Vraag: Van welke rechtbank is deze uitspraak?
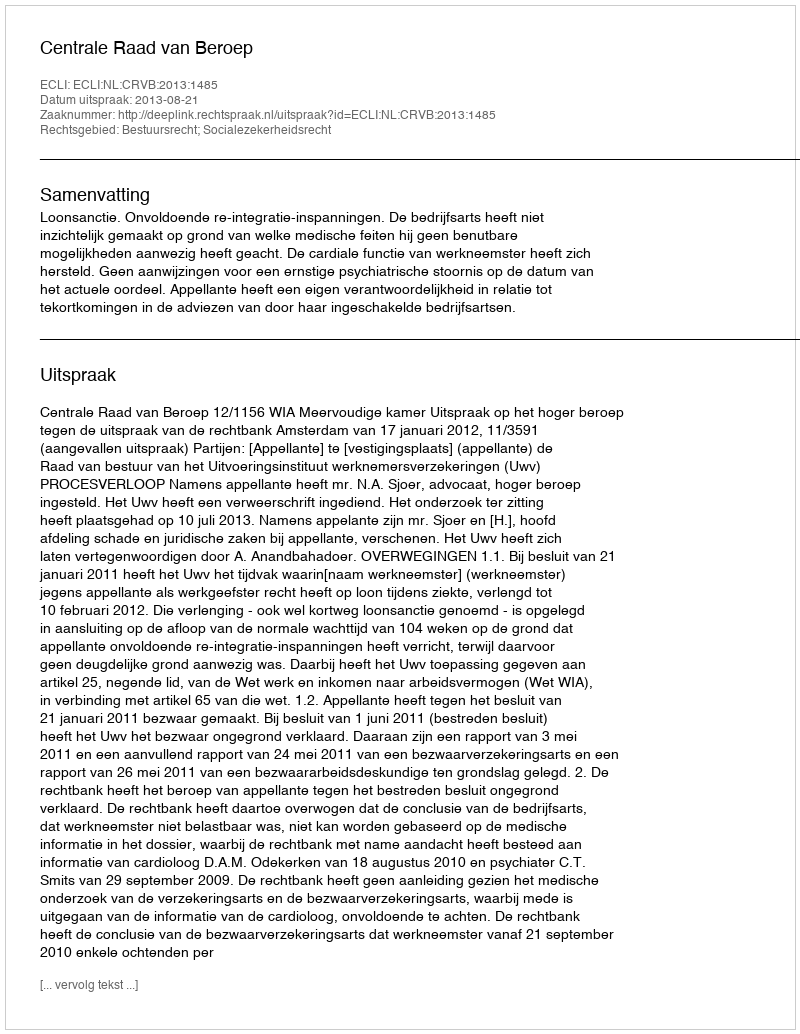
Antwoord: Centrale Raad van Beroep